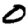
Digit: 0